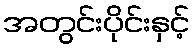
အတွင်းပိုင်းနှင့်